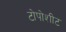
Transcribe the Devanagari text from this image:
टोपोशीट